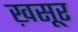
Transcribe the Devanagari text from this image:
ख़सूर